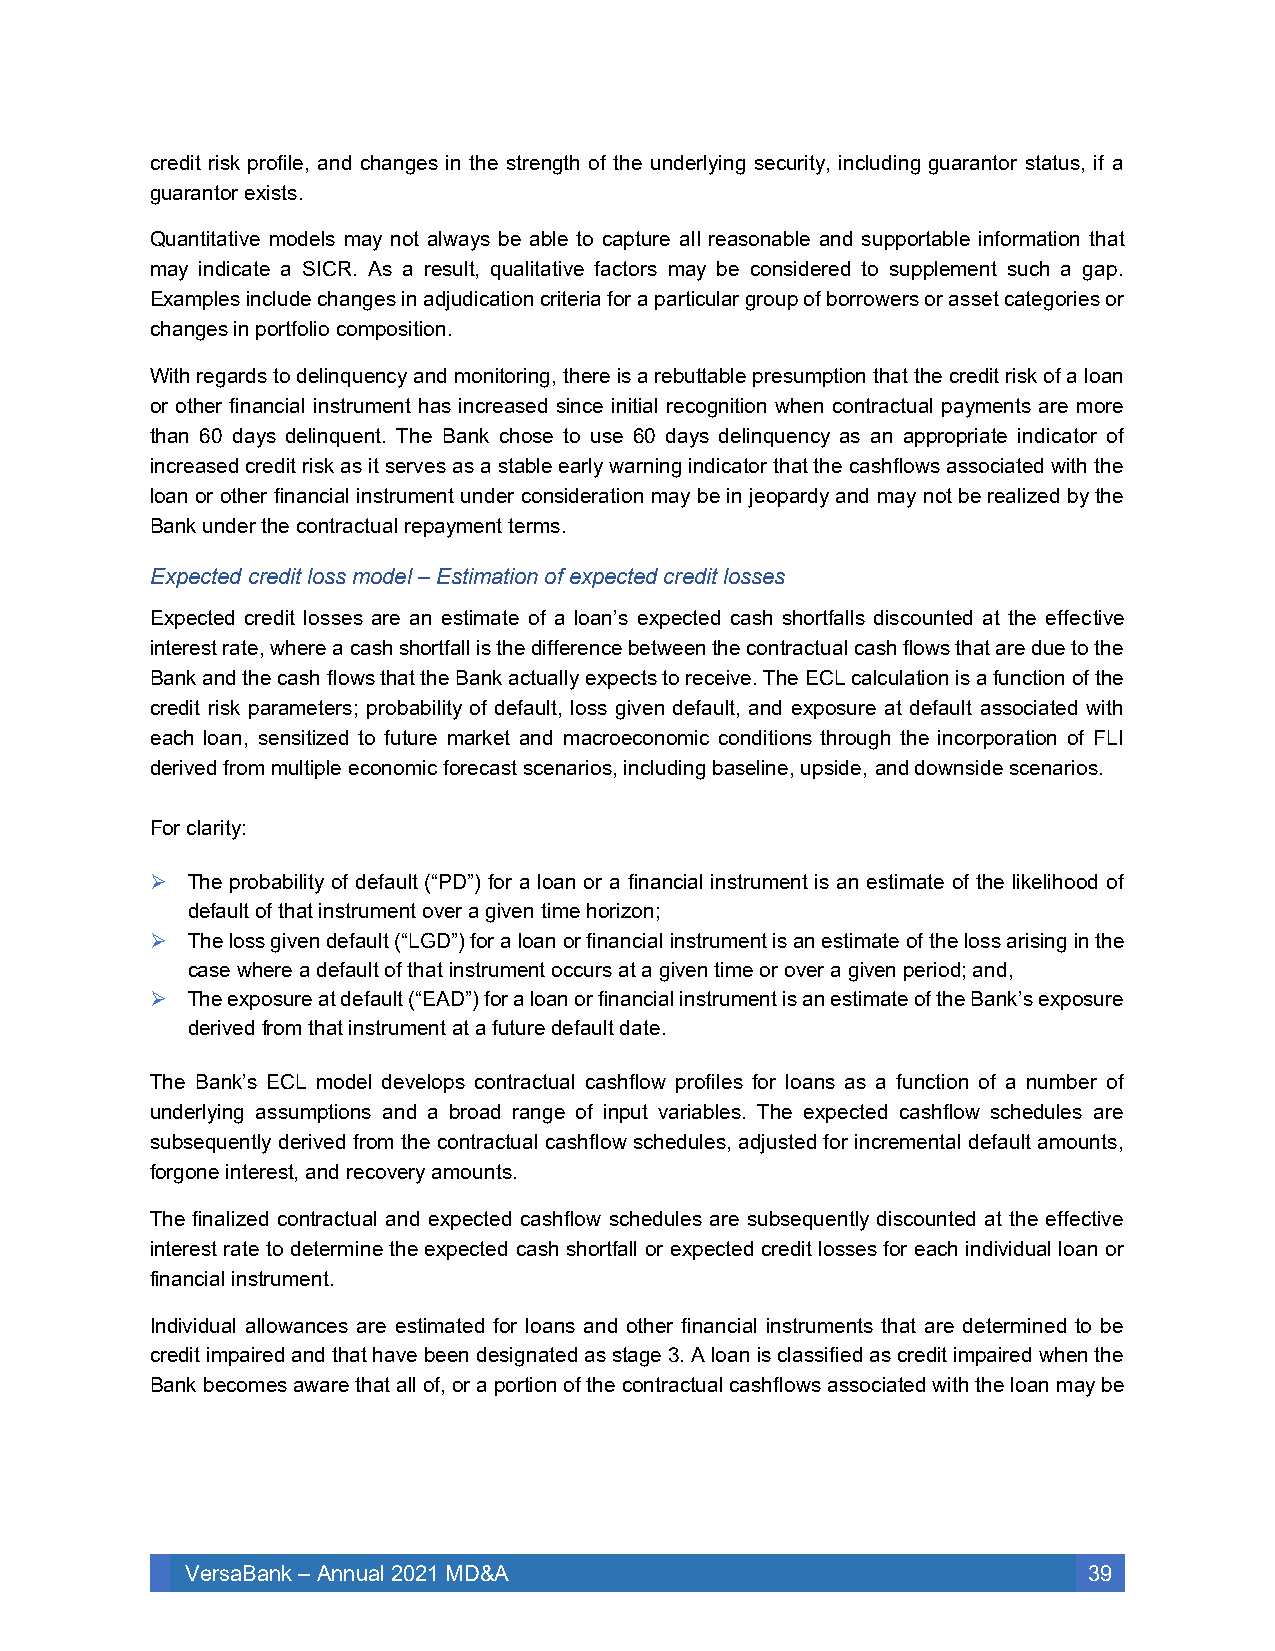
credit risk profile, and changes in the strength of the underlying security, including guarantor status, if a
 guarantor exists.
 Quantitative models may not always be able to capture all reasonable and supportable information that
 may indicate a SICR. As a result, qualitative factors may be considered to supplement such a gap.
 Examples include changes in adjudication criteria for a particular group of borrowers or asset categories or
 changes in portfolio composition.
 With regards to delinquency and monitoring, there is a rebuttable presumption that the credit risk of a loan
 or other financial instrument has increased since initial recognition when contractual payments are more
 than 60 days delinquent. The Bank chose to use 60 days delinquency as an appropriate indicator of
 increased credit risk as it serves as a stable early warning indicator that the cashflows associated with the
 loan or other financial instrument under consideration may be in jeopardy and may not be realized by the
 Bank under the contractual repayment terms.
 Expected credit loss model – Estimation of expected credit losses
 Expected credit losses are an estimate of a loan’s expected cash shortfalls discounted at the effective
 interest rate, where a cash shortfall is the difference between the contractual cash flows that are due to the
 Bank and the cash flows that the Bank actually expects to receive. The ECL calculation is a function of the
 credit risk parameters; probability of default, loss given default, and exposure at default associated with
 each loan, sensitized to future market and macroeconomic conditions through the incorporation of FLI
 derived from multiple economic forecast scenarios, including baseline, upside, and downside scenarios.
 For clarity:
 ➢ The probability of default (“PD”) for a loan or a financial instrument is an estimate of the likelihood of
 default of that instrument over a given time horizon;
 ➢ The loss given default (“LGD”) for a loan or financial instrument is an estimate of the loss arising in the
 case where a default of that instrument occurs at a given time or over a given period; and,
 ➢ The exposure at default (“EAD”) for a loan or financial instrument is an estimate of the Bank’s exposure
 derived from that instrument at a future default date.
 The Bank’s ECL model develops contractual cashflow profiles for loans as a function of a number of
 underlying assumptions and a broad range of input variables. The expected cashflow schedules are
 subsequently derived from the contractual cashflow schedules, adjusted for incremental default amounts,
 forgone interest, and recovery amounts.
 The finalized contractual and expected cashflow schedules are subsequently discounted at the effective
 interest rate to determine the expected cash shortfall or expected credit losses for each individual loan or
 financial instrument.
 Individual allowances are estimated for loans and other financial instruments that are determined to be
 credit impaired and that have been designated as stage 3. A loan is classified as credit impaired when the
 Bank becomes aware that all of, or a portion of the contractual cashflows associated with the loan may be
 VersaBank – Annual 2021 MD&A                                39